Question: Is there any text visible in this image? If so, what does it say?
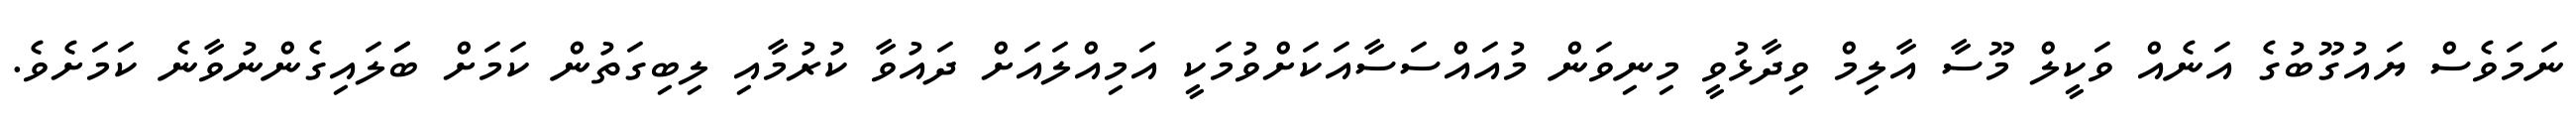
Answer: ނަމަވެސް ޔައުގޫބުގެ އަނެއް ވަކީލް މޫސާ އާލިމް ވިދާޅުވީ މިނިވަން މުއައްސަސާއަކަށްވުމަކީ އަމިއްލައަށް ދައުވާ ކުރުމާއި ލިބިގަތުން ކަމަށް ބަަލައިގެންނުވާނެ ކަމަށެވެ.